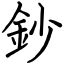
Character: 鈔